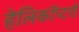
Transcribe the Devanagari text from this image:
हेलिकाॅप्टरों